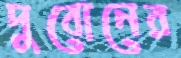
দুবোনের